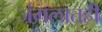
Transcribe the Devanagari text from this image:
जंगलातही